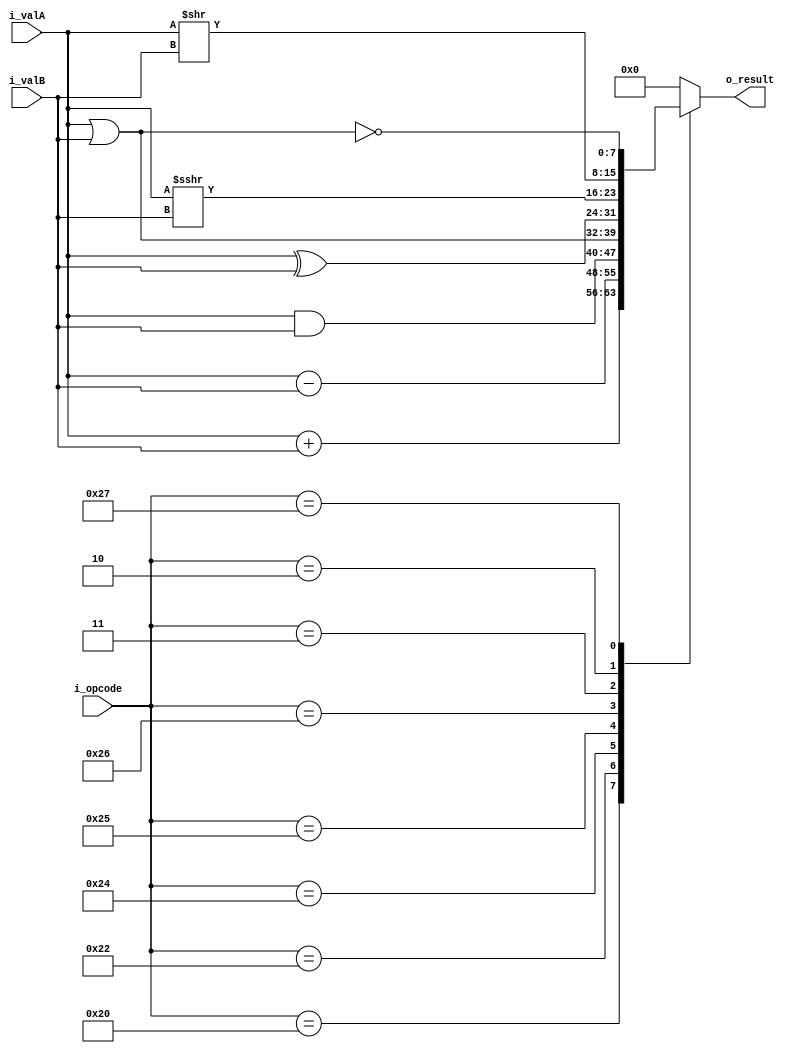
`timescale 1ns / 1ps
//////////////////////////////////////////////////////////////////////////////////
// Company: 
// Engineer: 
// 
// Design Name: 
// Module Name: ALU
// Project Name: 
// Target Devices: 
// Tool Versions: 
// Description: 
// 
// Dependencies: 
// 
// Revision:
// Revision 0.01 - File Created
// Additional Comments:
// 
//////////////////////////////////////////////////////////////////////////////////


module alu 
#(
    parameter BUS_REG = 8,
    parameter BUS_OP  = 6
)
(
    input  wire [BUS_REG - 1:0]  i_valA,        // Registro de entrada A de 16 bits
    input  wire [BUS_REG - 1:0]  i_valB,        // Registro de entrada B de 16 bits
    input  wire [BUS_OP  - 1:0]  i_opcode,        // Registro de control de 5 bits
    output wire [BUS_REG - 1:0]  o_result     // Salida del resultado de 16 bits
);

    reg [BUS_REG - 1:0] result; // Registro para almacenar el resultado de 16 bits  
    // Lgica de la ALU basada en el registro de control
    always @(*) begin
        case (i_opcode)
            6'b100_000: result = i_valA + i_valB;       // ADD bit a bit
            6'b100_010: result = i_valA - i_valB;       // SUB bit a bit
            6'b100_100: result = i_valA & i_valB;       // AND bit a bit
            6'b100_101: result = i_valA | i_valB;       // OR bit a bit
            6'b100_110: result = i_valA ^ i_valB;       // XOR bit a bit
            6'b000_011: result = $signed(i_valA) >>> i_valB;     // SRA de i_regA hacia la derecha en n bits
            6'b000_010: result = i_valA >> i_valB;      // Ejemplo: SRL
            6'b100_111: result = ~(i_valA | i_valB);    // NOR entre i_regA e i_regB
            // Agrega ms casos segn tus operaciones personalizadas
            default: result = 16'b0; // Valor predeterminado
        endcase
    end
    
    assign o_result = result; // Conecta la salida al resultado|

endmodule